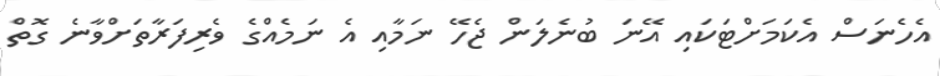
އެހެނަސް އެކަމަށްޓަކައި އޭނަ ބުނެލަން ޖެހޭ ނަމާއި އެ ނަމެއްގެ ވެރިފަރާތަށްވާނެ ގޮތް